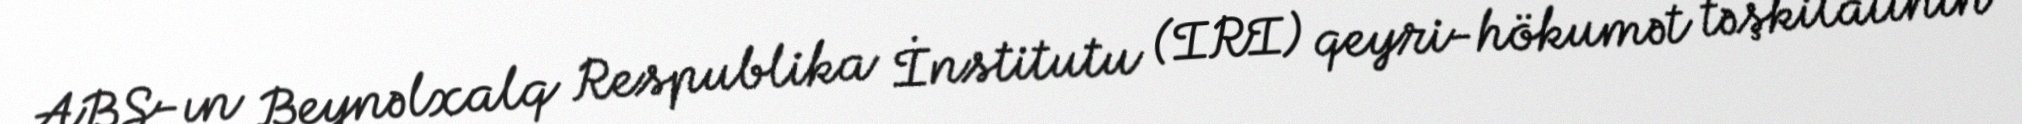
ABŞ-ın Beynəlxalq Respublika İnstitutu (IRI) qeyri-hökumət təşkilatının